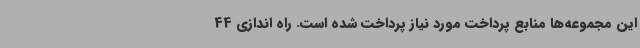
این مجموعه‌ها منابع پرداخت مورد نیاز پرداخت شده است. راه اندازی 44